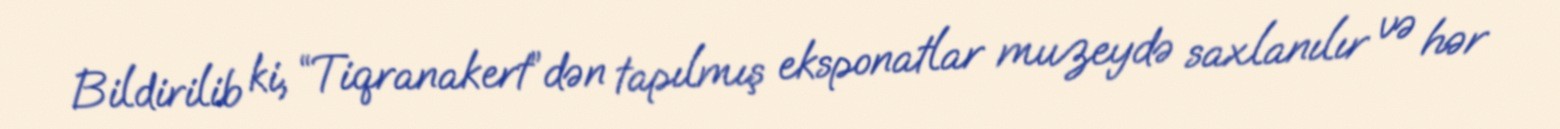
Bildirilib ki, “Tiqranakert”dən tapılmış eksponatlar muzeydə saxlanılır və hər